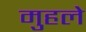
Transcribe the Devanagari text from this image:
मुहले